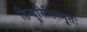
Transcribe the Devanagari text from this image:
हिन्दुरितिस्मृतः